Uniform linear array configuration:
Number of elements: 4
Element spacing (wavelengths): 0.25
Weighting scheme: uniform
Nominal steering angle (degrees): -30
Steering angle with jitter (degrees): -28.179
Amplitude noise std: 0.05
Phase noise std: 0.05

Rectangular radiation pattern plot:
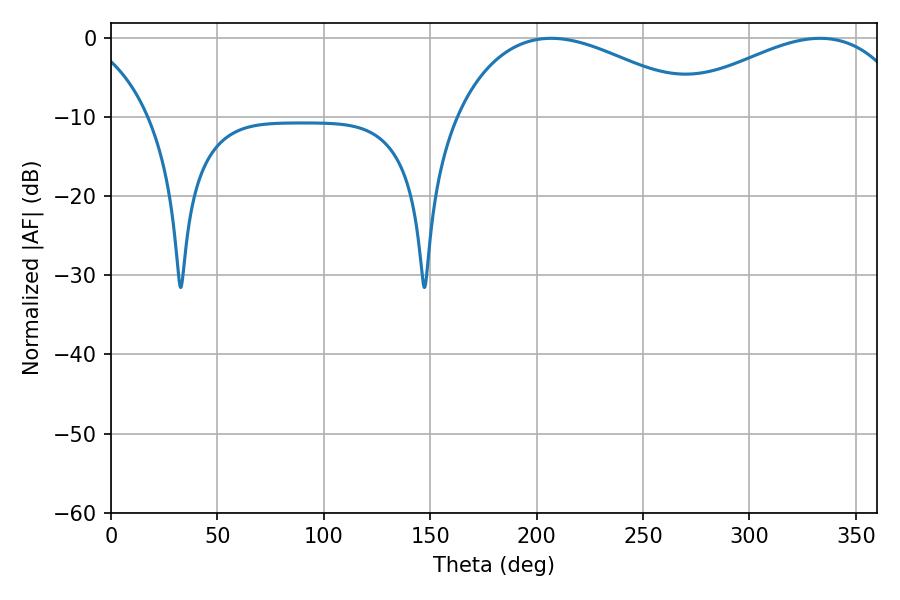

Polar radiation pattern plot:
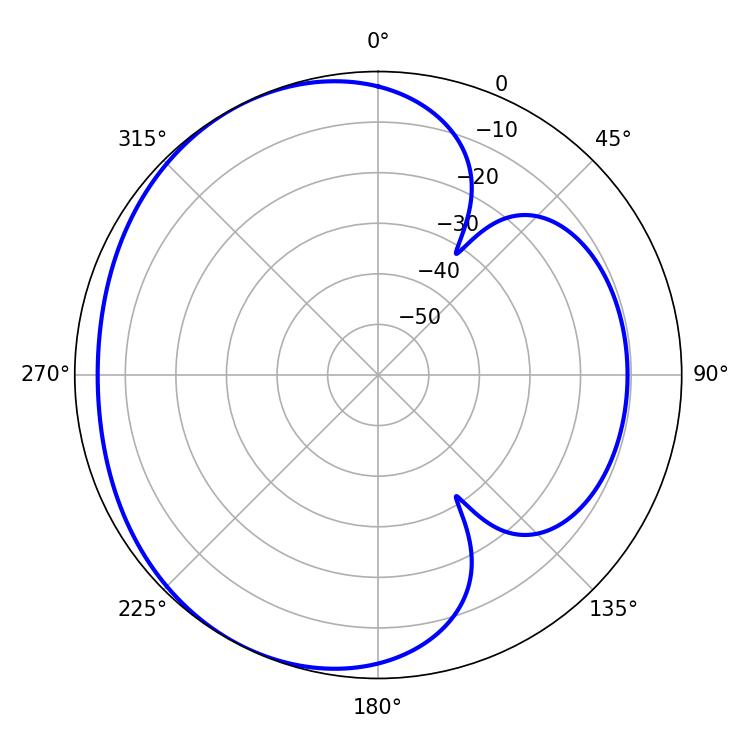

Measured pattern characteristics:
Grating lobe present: FALSE
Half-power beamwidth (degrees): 65.34
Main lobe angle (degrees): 206.82